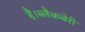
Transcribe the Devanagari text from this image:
है।ब्लैकबेरी